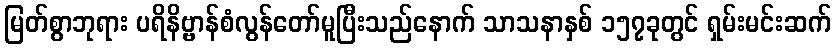
မြတ်စွာဘုရား ပရိနိဗ္ဗာန်စံလွန်တော်မူပြီးသည်နောက် သာသနာနှစ် ၁၅၇ခုတွင် ရှမ်းမင်းဆက်